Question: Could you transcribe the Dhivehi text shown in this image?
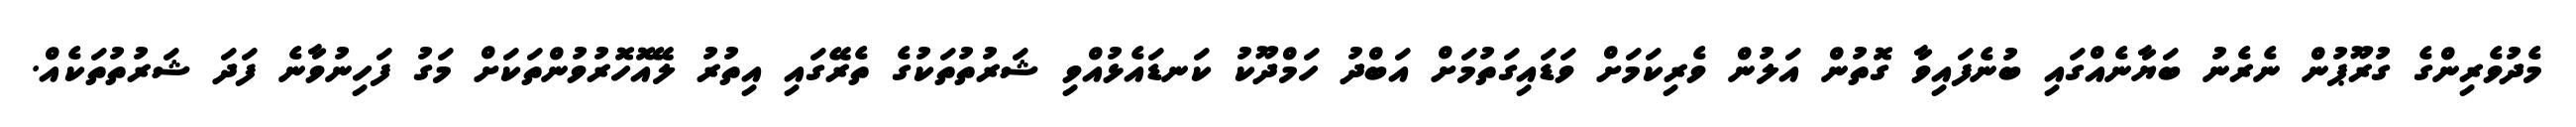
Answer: މެދުވެރިންގެ ގުރޫޕުން ނެރެނު ބަޔާނެއްގައި ބުނެފައިވާ ގޮތުން އަލުން ވެރިކަމަށް ވަޑައިގަތުމަށް އަބްދު ހަމްދޫކު ކަނޑައެޅުއްވި ޝަރުތުތަކުގެ ތެރޭގައި އިތުރު ލޭއޮހޮރުވުންތަކަށް މަގު ފަހިނުވާނެ ފަދަ ޝަރުތުތަކެއް.